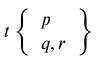
t \left\{ { \begin{array} { l } { p } \\ { q , r } \end{array} } \right\}